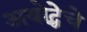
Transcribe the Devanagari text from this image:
अयोद्धेचे